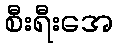
စီးရီးအေ